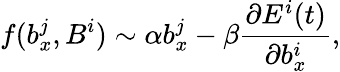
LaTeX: f(b_{x}^{j},B^{i})\sim\alpha b_{x}^{j}-\beta\frac{\partial E^{i}(t)}{\partial b_{x}^{i}},